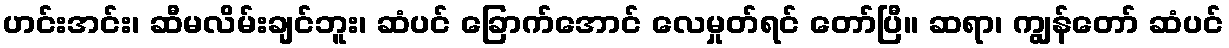
ဟင်းအင်း၊ ဆီမလိမ်းချင်ဘူး၊ ဆံပင် ခြောက်အောင် လေမှုတ်ရင် တော်ပြီ။ ဆရာ၊ ကျွန်တော် ဆံပင်